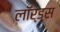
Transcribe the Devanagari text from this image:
लॉर्ड्‍स